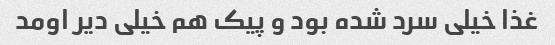
غذا خیلی سرد شده بود و پیک هم خیلی دیر اومد